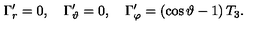
\Gamma _ { r } ^ { \prime } = 0 , \quad \Gamma _ { \vartheta } ^ { \prime } = 0 , \quad \Gamma _ { \varphi } ^ { \prime } = \left( \cos \vartheta - 1 \right) T _ { 3 } .